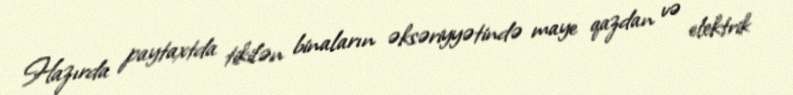
Hazırda paytaxtda tikilən binaların əksəriyyətində maye qazdan və elektrik